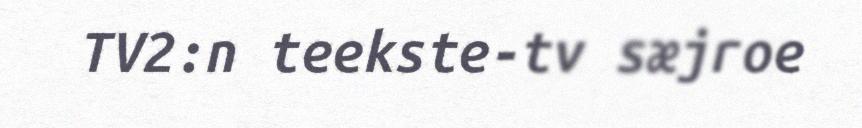
TV2:n teekste-tv sæjroe